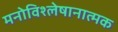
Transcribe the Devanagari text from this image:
मनोविश्लेषानात्मक